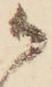
か